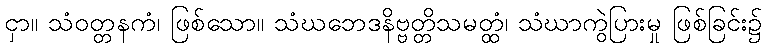
ငှာ။ သံဝတ္တနကံ၊ ဖြစ်သော။ သံဃဘေဒနိဗ္ဗတ္တိသမတ္ထံ၊ သံဃာကွဲပြားမှု ဖြစ်ခြင်း၌